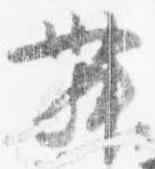
舞